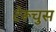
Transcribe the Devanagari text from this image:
टेरूचुस